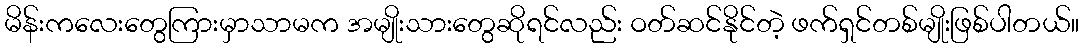
မိန်းကလေးတွေကြားမှာသာမက အမျိုးသားတွေဆိုရင်လည်း ဝတ်ဆင်နိုင်တဲ့ ဖက်ရှင်တစ်မျိုးဖြစ်ပါတယ်။